Insane asylums in Bengal annual reports 1876-1887 - 1876-1887
Year: 1876
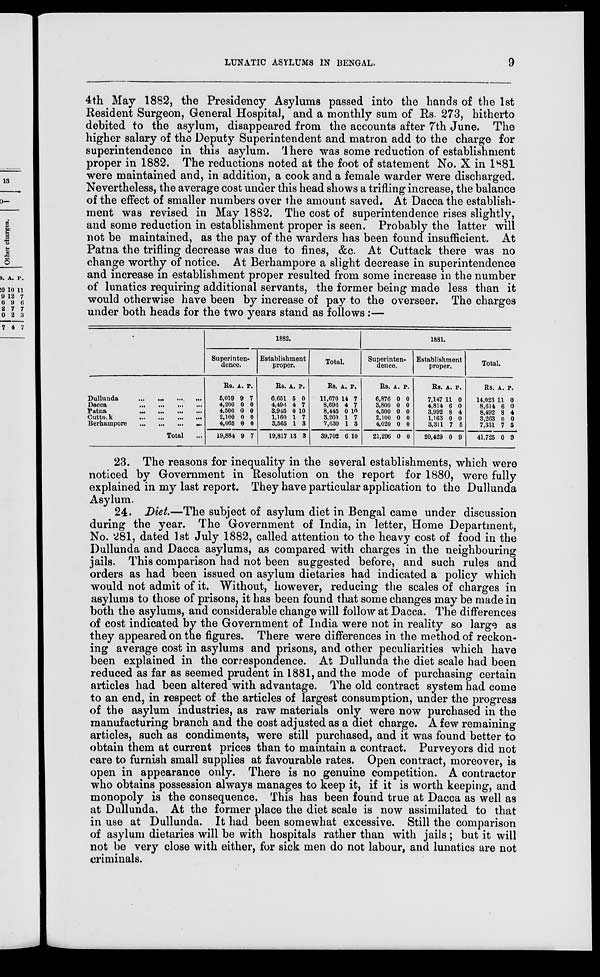
LUNATIC ASYLUMS IN BENGAL.
9
4th May 1882, the Presidency Asylums passed into the hands of the 1st
Resident Surgeon, General Hospital, and a monthly sum of Rs. 273, hitherto
debited to the asylum, disappeared from the accounts after 7th June. The
higher salary of the Deputy Superintendent and matron add to the charge for
superintendence in this asylum. There was some reduction of establishment
proper in 1882. The reductions noted at the foot of statement No. X in 1881
were maintained and, in addition, a cook and a female warder were discharged.
Nevertheless, the average cost under this head shows a trifling increase, the balance
of the effect of smaller numbers over the amount saved. At Dacca the establish-
ment was revised in May 1882. The cost of superintendence rises slightly,
and some reduction in establishment proper is seen. Probably the latter will
not be maintained, as the pay of the warders has been found insufficient. At
Patna the trifling decrease was due to fines, &c. At Cuttack there was no
change worthy of notice. At Berhampore a slight decrease in superintendence
and increase in establishment proper resulted from some increase in the number
of lunatics requiring additional servants, the former being made less than it
would otherwise have been by increase of pay to the overseer. The charges
under both heads for the two years stand as follows :—
Dullunda
...
...
...
...
Dacca
...
...
...
...
Patna
...
...
...
...
Cuttack
...
...
...
...
Berhampore
...
...
...
...
Total ...
1882.
Superinten-
dence.
Rs.
5,019
4,200
4,500
2,100
4,065
19,884
A.
9
0
0
0
0
9
P.
7
0
0
0
0
7
Establishment
proper.
Rs.
6,651
4,496
3,945
1,160
3,565
19,817
A.
5
4
0
1
1
13
P.
0
7
10
7
3
3
Total.
Rs.
11,670
8,696
8,445
3,260
7,630
39,702
A.
14
4
0
1
1
6
P.
7
7
10
7
3
10
1881.
Superinten-
dence.
Rs.
6,876
3,800
4,500
2,100
4,020
21,296
A.
0
0
0
0
0
0
P.
0
0
0
0
0
0
Establishment
proper.
Rs.
7,147
4,814
3,992
1,163
3,311
20,429
A.
11
6
8
0
7
0
P.
0
0
4
0
5
9
Total.
Rs.
14,023
8,614
8,492
3,263
7,331
41,725
A.
11
6
8
0
7
0
P.
0
0
4
0
5
9
23. The reasons for inequality in the several establishments, which were
noticed by Government in Resolution on the report for 1880, were fully
explained in my last report. They have particular application to the Dullunda
Asylum.
24. Diet.—The subject of asylum diet in Bengal came under discussion
during the year. The Government of India, in letter, Home Department,
No. 281, dated 1st July 1882, called attention to the heavy cost of food in the
Dullunda and Dacca asylums, as compared with charges in the neighbouring
jails. This comparison had not been suggested before, and such rules and
orders as had been issued on asylum dietaries had indicated a policy which
would not admit of it. Without, however, reducing the scales of charges in
asylums to those of prisons, it has been found that some changes may be made in
both the asylums, and considerable change will follow at Dacca. The differences
of cost indicated by the Government of India were not in reality so large as
they appeared on the figures. There were differences in the method of reckon-
ing average cost in asylums and prisons, and other peculiarities which have
been explained in the correspondence. At Dullunda the diet scale had been
reduced as far as seemed prudent in 1881, and the mode of purchasing certain
articles had been altered with advantage. The old contract system had come
to an end, in respect of the articles of largest consumption, under the progress
of the asylum industries, as raw materials only were now purchased in the
manufacturing branch and the cost adjusted as a diet charge. A few remaining
articles, such as condiments, were still purchased, and it was found better to
obtain them at current prices than to maintain a contract. Purveyors did not
care to furnish small supplies at favourable rates. Open contract, moreover, is
open in appearance only. There is no genuine competition. A contractor
who obtains possession always manages to keep it, if it is worth keeping, and
monopoly is the consequence. This has been found true at Dacca as well as
at Dullunda. At the former place the diet scale is now assimilated to that
in use at Dullunda. It had been somewhat excessive. Still the comparison
of asylum dietaries will be with hospitals rather than with jails ; but it will
not be very close with either, for sick men do not labour, and lunatics are not
criminals.